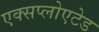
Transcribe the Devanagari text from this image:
एक्सप्लोएटेड